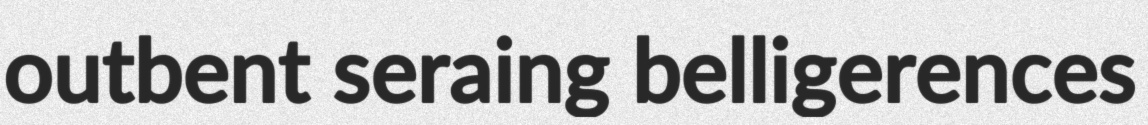
outbent seraing belligerences